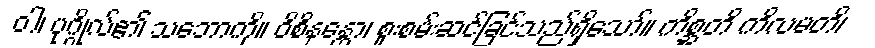
ဝါ၊ ပုဂ္ဂိုလ်၏ သဘောကို။ ဝိစိနန္တော၊ စူးစမ်းဆင်ခြင်သည်ရှိသော်။ ကိစ္ဆတိ ကိလမတိ၊